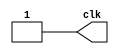
`timescale 1ns/1ns
module clk_gen(
    output clk
);
    reg [7:0] c;
    initial begin
        for( c = 0; c < 8'b11111111; c=c+1)
            #5;
    end

    assign clk = c[0];
endmodule